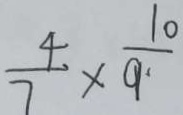
\frac { 4 } { 7 } \times \frac { 1 0 } { 9 }